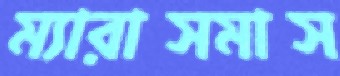
ম্যারাসমাস